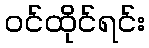
ဝင်ထိုင်ရင်း